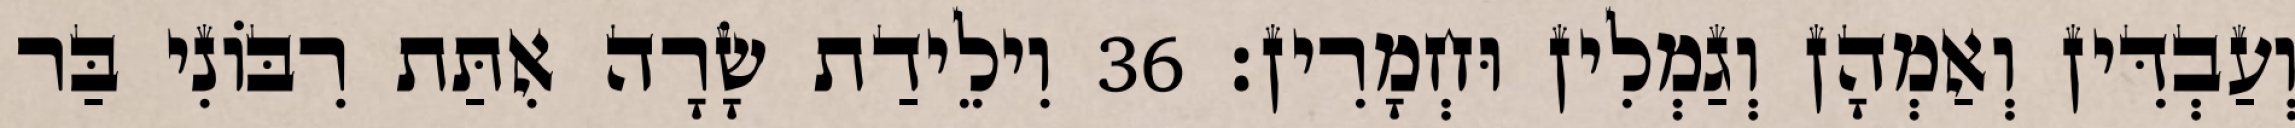
וְעַבְדִּין וְאַמְהָן וְגַמְלִין וּחְמָרִין׃ 36 וִילֵידַת שָׂרָה אִתַּת רִבּוֹנִי בַּר